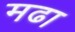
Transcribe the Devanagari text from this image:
मढा